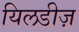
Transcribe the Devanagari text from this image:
यिलडीज़